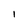
Character: I